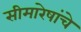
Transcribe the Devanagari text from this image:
सीमारेषांचे